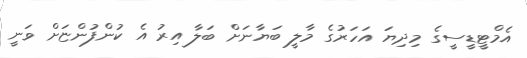
އެމްޓީޑީސީގެ މިދިޔަ އަހަރުގެ މާލީ ބަޔާނަށް ބަލާ އިރު އެ ކުންފުންޏަށް ވަނީ